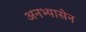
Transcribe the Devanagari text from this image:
अनभ्यासेन